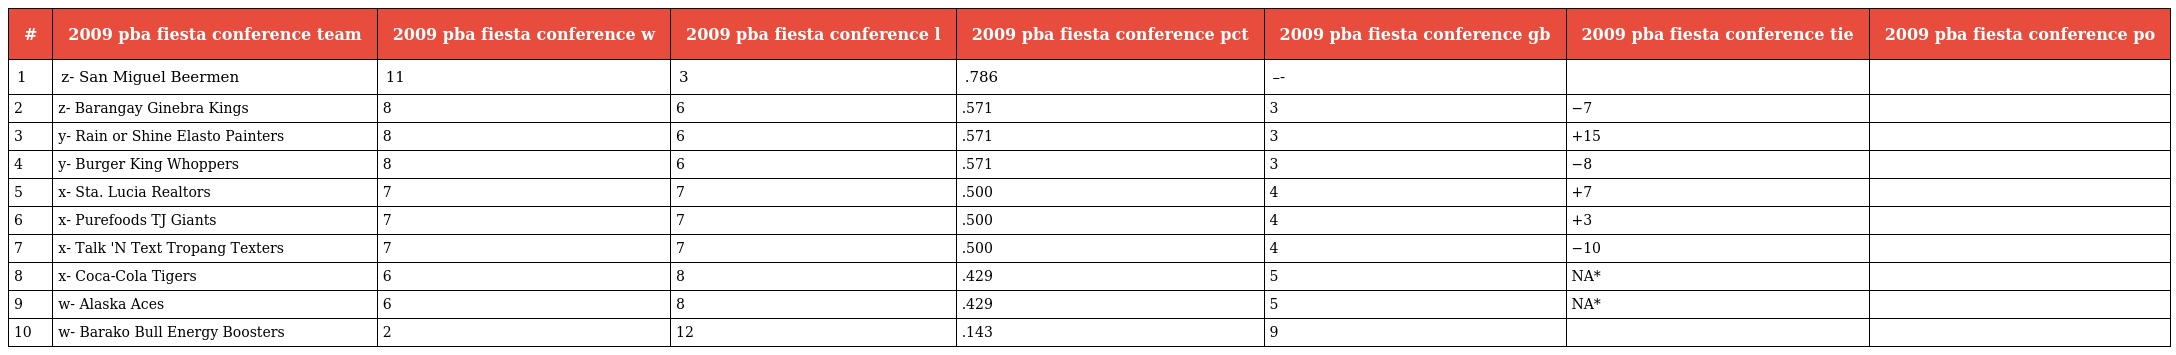
| # | 2009 pba fiesta conference team | 2009 pba fiesta conference w | 2009 pba fiesta conference l | 2009 pba fiesta conference pct | 2009 pba fiesta conference gb | 2009 pba fiesta conference tie | 2009 pba fiesta conference po |
 | --- | --- | --- | --- | --- | --- | --- | --- |
 | 1 | z- San Miguel Beermen | 11 | 3 | .786 | –- |  |  |
 | 2 | z- Barangay Ginebra Kings | 8 | 6 | .571 | 3 | −7 |  |
 | 3 | y- Rain or Shine Elasto Painters | 8 | 6 | .571 | 3 | +15 |  |
 | 4 | y- Burger King Whoppers | 8 | 6 | .571 | 3 | −8 |  |
 | 5 | x- Sta. Lucia Realtors | 7 | 7 | .500 | 4 | +7 |  |
 | 6 | x- Purefoods TJ Giants | 7 | 7 | .500 | 4 | +3 |  |
 | 7 | x- Talk 'N Text Tropang Texters | 7 | 7 | .500 | 4 | −10 |  |
 | 8 | x- Coca-Cola Tigers | 6 | 8 | .429 | 5 | NA* |  |
 | 9 | w- Alaska Aces | 6 | 8 | .429 | 5 | NA* |  |
 | 10 | w- Barako Bull Energy Boosters | 2 | 12 | .143 | 9 |  |  |